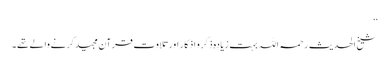
‘‘
شیخ الحدیث رحمہ اللہ بہت زیادہ ذکر و اذکار اور تلاوت قرآن مجید کرنے والے تھے ۔